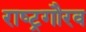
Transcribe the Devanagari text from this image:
राष्‍ट्रगौरव